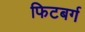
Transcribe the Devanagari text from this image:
फिटबर्ग